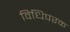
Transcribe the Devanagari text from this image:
विधिपरक